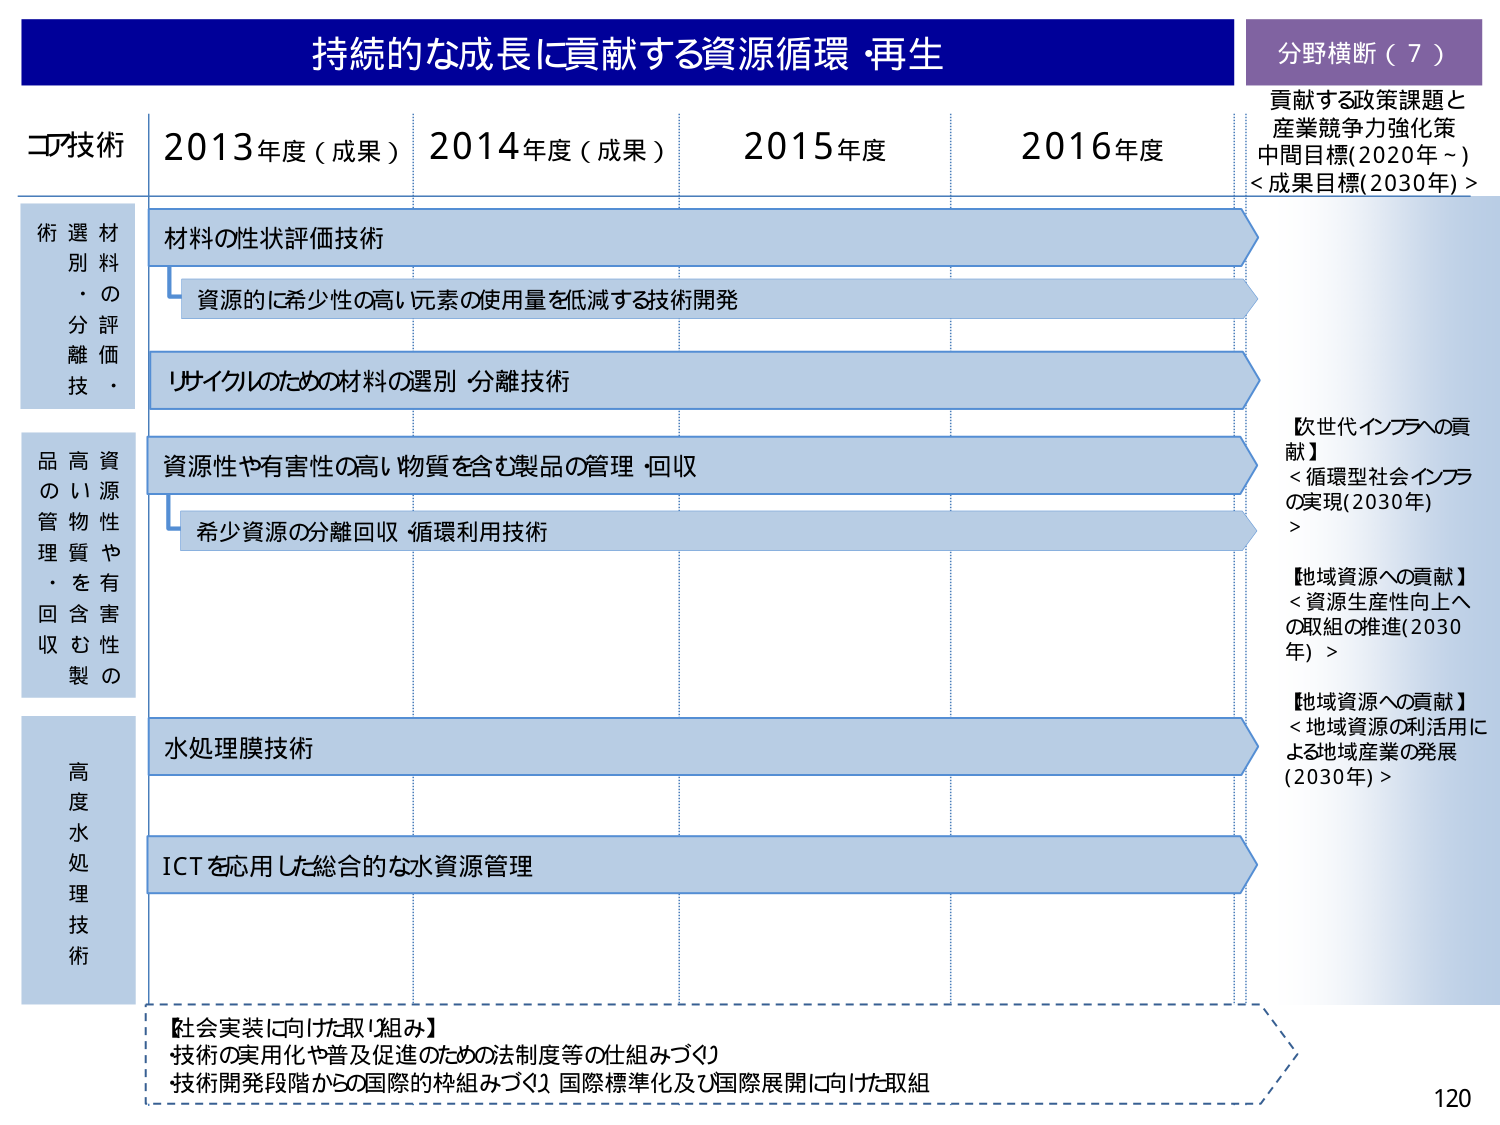
持続的な成長に貢献する資源循環・再生
分野横断（7）
貢献する政策課題と
産業競争力強化策
中間目標(2020年～)
<成果目標(2030年)>

コア技術
2013年度（成果）
2014年度（成果）
2015年度
2016年度

材料の性状評価技術
資源的に希少性の高い元素の使用量を低減する技術開発
リサイクルのための材料の選別・分離技術

資源性や有害性の高い物質を含む製品の管理・回収
希少資源の分離回収・循環利用技術

水処理膜技術
ICTを応用した総合的な水資源管理

【次世代インフラへの貢献】
<循環型社会インフラの実現(2030年)>

【地域資源への貢献】
<資源生産性向上への取組の推進(2030年)>

【地域資源への貢献】
<地域資源の利活用による地域産業の発展(2030年)>

【社会実装に向けた取り組み】
技術の実用化や普及促進のための法制度等の仕組みづくり
技術開発段階からの国際的枠組みづくり、国際標準化及び国際展開に向けた取組

120